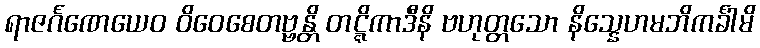
ရာဇင်္ဂဏေယေဝ ဝိဝေစေတဗ္ဗန္တိ တဋ္ဋိကာဒီနိ ဗဟုတ္တသော နိသ္နေဟမဘိကင်္ခါမိ